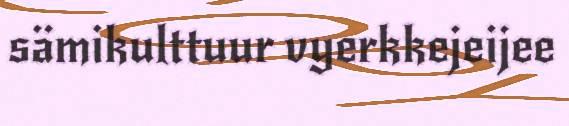
sämikulttuur vyerkkejeijee